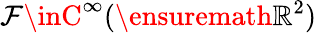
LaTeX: \mathcal{F}\inC^{\infty}(\ensuremath{{\mathbb{{R}}}}^{2})